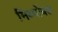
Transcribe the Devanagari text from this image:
मिथ्पोंबत